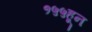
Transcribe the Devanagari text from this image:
१५५हून